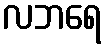
လဘရေ